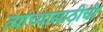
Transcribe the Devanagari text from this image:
त्यांच्यासाठीची